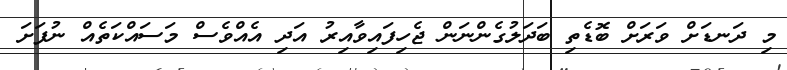
މި ދަނޑަށް ވަރަށް ބޮޑެތި ބަދަލުގެންނަން ޖެހިފައިވާއިރު އަދި އެއްވެސް މަސައްކަތެއް ނުފަށަ